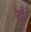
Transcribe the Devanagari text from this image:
रह॓